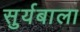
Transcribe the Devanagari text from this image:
सुर्यबाला